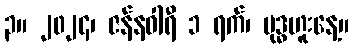
၃။ ၂၀၂၄၊ ဇန်နဝါရီ ၁ ရက်၊ ဗုဒ္ဓဟူးနေ့။